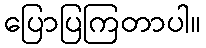
ပြောပြကြတာပါ။